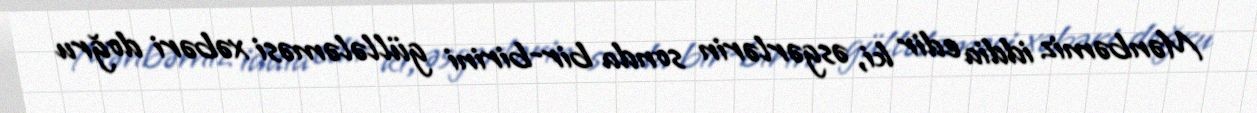
Mənbəmiz iddia edir ki, əsgərlərin sonda bir-birini güllələməsi xəbəri doğru